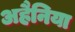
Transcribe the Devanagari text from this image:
अहैनिया